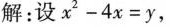
解：设$$x ^ { 2 } - 4 x = y$$，